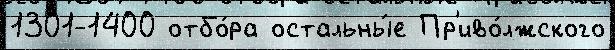
1301-1400 отбо́ра остальны́е Пр'иво́лжского